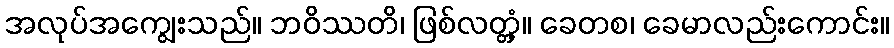
အလုပ်အကျွေးသည်။ ဘဝိဿတိ၊ ဖြစ်လတ္တံ့။ ခေတစ၊ ခေမာလည်းကောင်း။